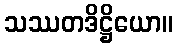
သဿတဒိဋ္ဌိယော။